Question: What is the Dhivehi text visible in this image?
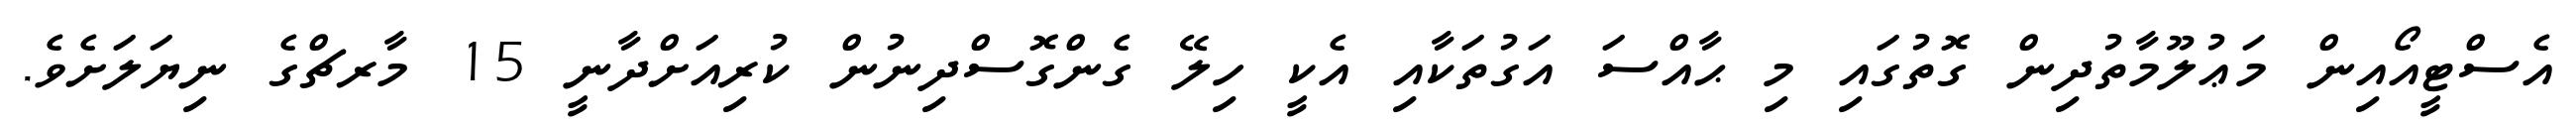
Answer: އެސްޓީއޯއިން މަޢުލޫމާތުދިން ގޮތުގައި މި ޙާއްސަ އަގުތަކާއި އެކީ ހިލޭ ގެންގޮސްދިނުން ކުރިއަށްދާނީ 15 މާރޗްގެ ނިޔަލަށެވެ.